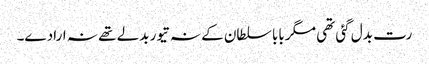
رت بدل گئی تھی مگر بابا سلطان کے نہ تیور بدلے تھے نہ ارادے۔